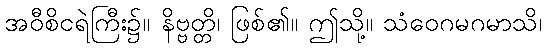
အဝီစိငရဲကြီး၌။ နိဗ္ဗတ္တိ၊ ဖြစ်၏။ ဤသို့။ သံဝေဂမဂမာသိ၊